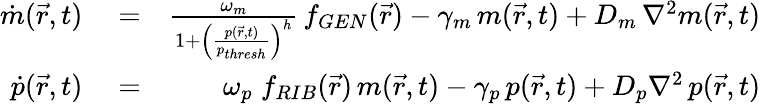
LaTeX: \begin{array}{rlr}{\dot{m}(\vec{r},t)}&{{}=}&{\frac{\omega_{m}}{1+\left(\frac{p(\vec{r},t)}{p_{thresh}}\right)^{h}}\, f_{GEN}(\vec{r})-\gamma_{m}\, m(\vec{r},t)+D_{m}\, \nabla^{2}m(\vec{r},t)}\\ {\dot{p}(\vec{r},t)}&{{}=}&{\omega_{p}\; f_{RIB}(\vec{r})\, m(\vec{r},t)-\gamma_{p}\, p(\vec{r},t)+D_{p}\nabla^{2}\, p(\vec{r},t)}\end{array}